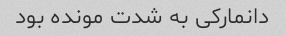
دانمارکی به شدت مونده بود